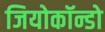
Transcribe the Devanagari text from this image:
जियोकॉन्डो